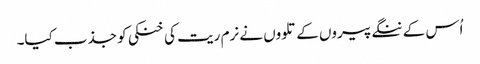
اُس کے ننگے پیروں کے تلووں نے نرم ریت کی خنکی کو جذب کیا۔